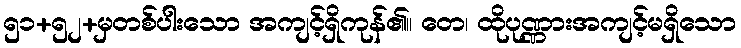
၅၁+၅၂+မှတစ်ပါးသော အကျင့်ရှိကုန်၏။ တေ၊ ထိုပုဏ္ဏားအကျင့်မရှိသော